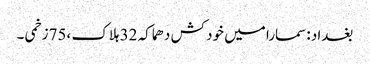
بغداد :سمارا میں خود کش دھماکہ 32 ہلاک ،75زخمی ۔